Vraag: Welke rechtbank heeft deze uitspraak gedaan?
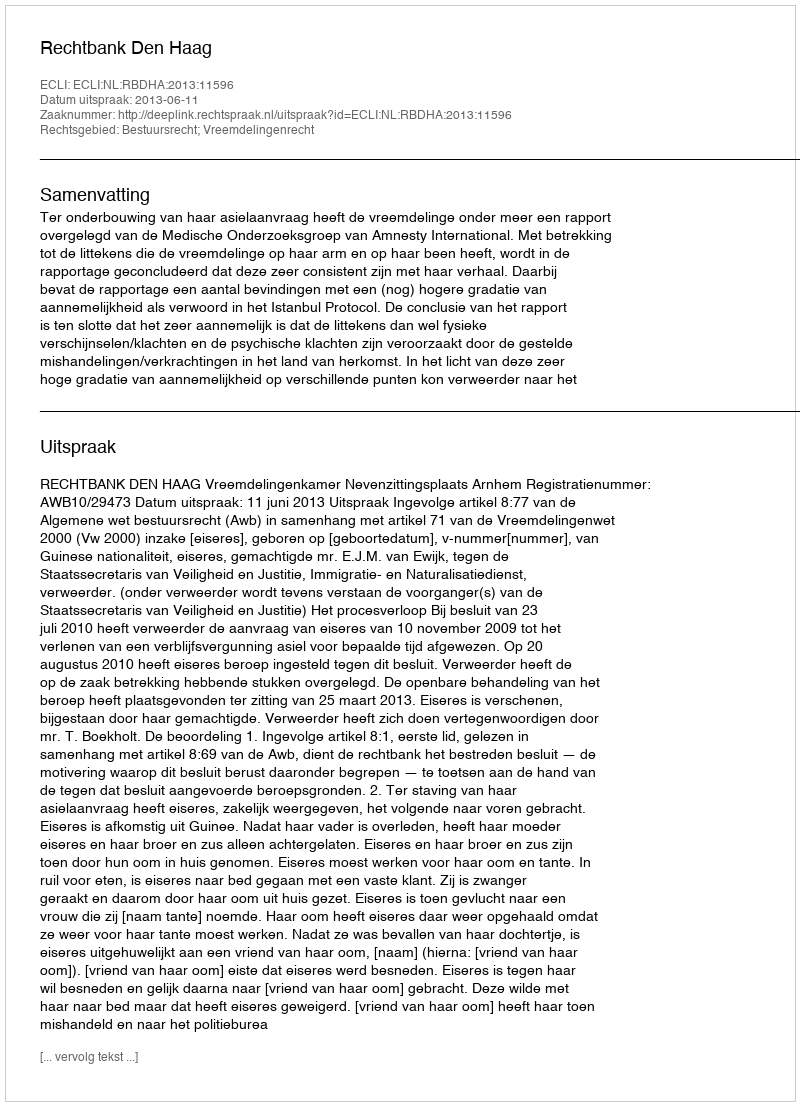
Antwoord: Rechtbank Den Haag